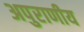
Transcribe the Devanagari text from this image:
अपुराणीय